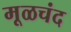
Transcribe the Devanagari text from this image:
मूळचंद